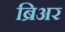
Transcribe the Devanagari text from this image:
ब्रिअर